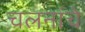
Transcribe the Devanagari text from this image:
चलनांचे